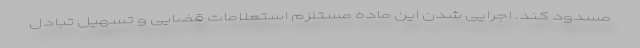
مسدود کند. اجرایی شدن این ماده مستلزم استعلامات قضایی و تسهیل تبادل